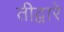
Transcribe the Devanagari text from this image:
तीद्वारे